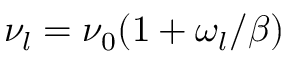
\nu _ { l } = \nu _ { 0 } ( 1 + \omega _ { l } / \beta )